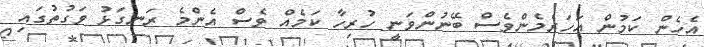
އެހެން ކަމުން އަހަރެމެންވެސް ބޭނުންވަނީ ހުރިހާ ކަމެއް ވެސް އެންމެ ރަނގަޅު ވަގުތުގައި